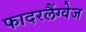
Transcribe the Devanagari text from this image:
फादरलैंग्वेज